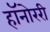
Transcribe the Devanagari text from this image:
हॉनोररी